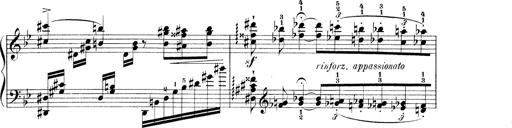
Title: 3 Ã‰tudes de concert
Composer: Franz Liszt